Civil Veterinary Department ledger series I-VI
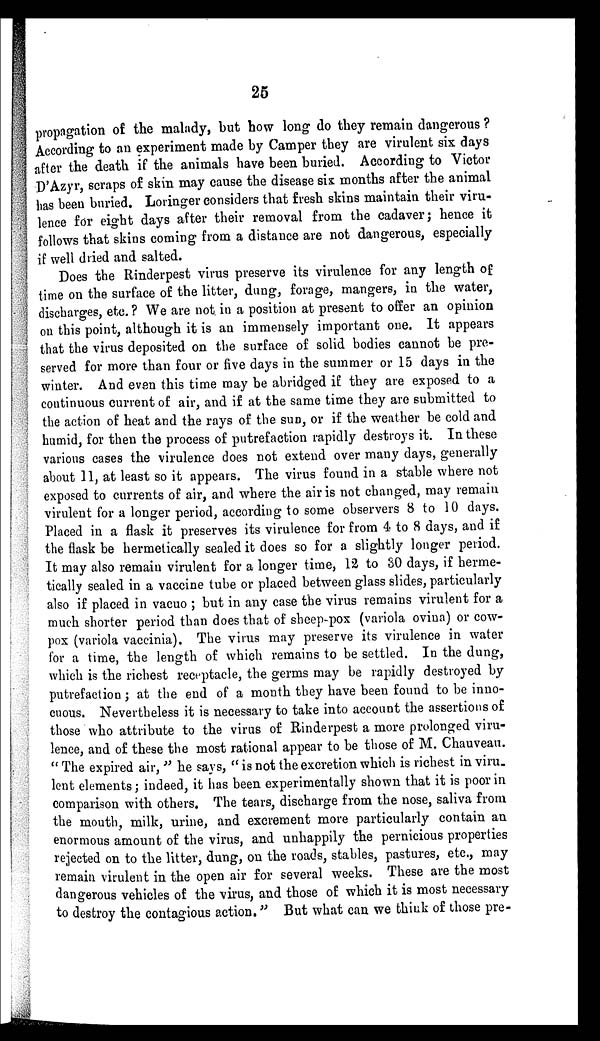
25
propagation of the malady, but how long do they remain dangerous ?
According to an experiment made by Camper they are virulent six days
after the death if the animals have been buried. According to Victor
D'Azyr, scraps of skin may cause the disease six months after the animal
has been buried. Loringer considers that fresh skins maintain their viru-
lence for eight days after their removal from the cadaver; hence it
follows that skins coming from a distance are not dangerous, especially
if well dried and salted.
Does the Rinderpest virus preserve its virulence for any length of
time on the surface of the litter, dung, forage, mangers, in the water,
discharges, etc. ? We are not. in a position at present to offer an opinion
on this point, although it is an immensely important one. It appears
that the virus deposited on the surface of solid bodies cannot be pre-
served for more than four or five days in the summer or 15 days in the
winter. And even this time may be abridged if they are exposed to a
continuous current of air, and if at the same time they are submitted to
the action of heat and the rays of the sun, or if the weather be cold and
humid, for then the process of putrefaction rapidly destroys it. In these
various cases the virulence does not extend over many days, generally
about 11, at least so it appears. The virus found in a stable where not
exposed to currents of air, and where the air is not changed, may remain
virulent for a longer period, according to some observers 8 to 10 days.
Placed in a flask it preserves its virulence for from 4 to 8 days, and if
the flask be hermetically sealed it does so for a slightly longer period.
It may also remain virulent for a longer time, 12 to 30 days, if herme-
tically sealed in a vaccine tube or placed between glass slides, particularly
also if placed in vacuo ; but in any case the virus remains virulent for a
much shorter period than does that of sheep-pox (variola ovina) or cow-
pox (variola vaccinia). The virus may preserve its virulence in water
for a time, the length of which remains to be settled. In the dung,
which is the richest receptacle, the germs may be rapidly destroyed by
putrefaction; at the end of a month they have been found to be inno-
cuous. Nevertheless it is necessary to take into account the assertions of
those who attribute to the virus of Rinderpest a more prolonged viru-
lence, and of these the most rational appear to be those of M. Chauveau.
"The expired air," he says, "is not the excretion which is richest in viru-
lent elements; indeed, it has been experimentally shown that it is poor in
comparison with others. The tears, discharge from the nose, saliva from
the mouth, milk, urine, and excrement more particularly contain an
enormous amount of the virus, and unhappily the pernicious properties
rejected on to the litter, dung, on the roads, stables, pastures, etc., may
remain virulent in the open air for several weeks. These are the most
dangerous vehicles of the virus, and those of which it is most necessary
to destroy the contagious action." But what can we think of those pre-